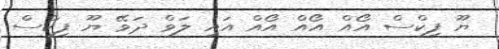
ޔޫ ފިކްސް އޯއް އޯއް އޯއް އައި ލަވް ދަވޭ ޔޫ ފިކްސް